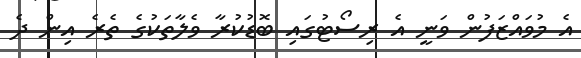
އެ މުވައްޒަފުން ވަނީ އެ ރިސޯޓުގައި ބޮޑުކުރާ ވެލާތަކުގެ ތެރެ އިން ދެ